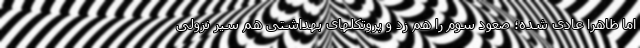
اما ظاهرا عادی شده؛ صعود سوم را هم زد و پروتکلهای بهداشتی هم سیر نزولی